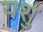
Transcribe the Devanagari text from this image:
यशु